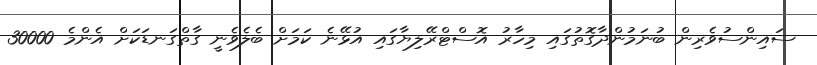
ސައިންސުވެރިން ބުނަމުންދާގޮތުގައި މިހާރު އޮސްޓްރޭލިޔާގައި އުޅޭނެ ކަމަށް ބެލެވެނީ ގާތްގަނޑަކަށް އެންމެ 30000